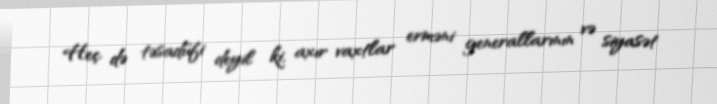
Heç də təsadüfi deyil ki, axır vaxtlar erməni generallarının və siyasət